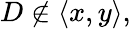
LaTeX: D\not\in\langle x,y\rangle,